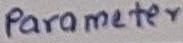
Text: Parameter